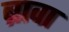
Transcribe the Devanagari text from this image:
ब्रावा